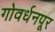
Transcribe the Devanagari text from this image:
गोवर्धनपूर